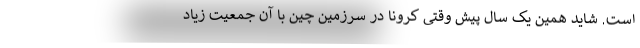
است. شاید همین یک سال پیش وقتی کرونا در سرزمین چین با آن جمعیت زیاد